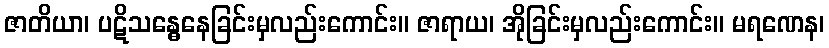
ဇာတိယာ၊ ပဋိသန္ဓေနေခြင်းမှလည်းကောင်း။ ဇာရာယ၊ အိုခြင်းမှလည်းကောင်း။ မရဏေန၊